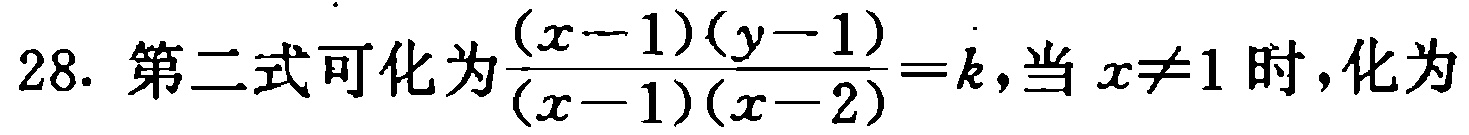
28. 第二式可化为$\frac{(x - 1)(y - 1)}{(x - 1)(x - 2)} = k$，当$x\neq1$时，化为